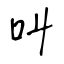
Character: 叫